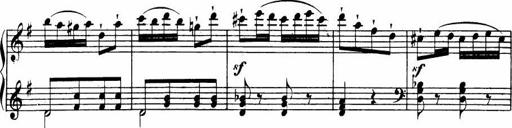
Title: Le bouquetier
Composer: Anton Diabelli
Key: G major
 C major
 F major
 C major